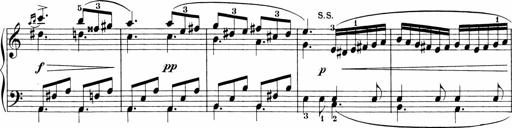
Title: Sonatinen Op.47, 98 und 136, nebst 6 Liedersonatinen
Composer: Carl Reinecke